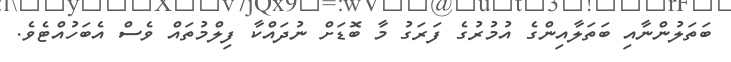
ބަތަލުންނާއި ބަތަލާއިންގެ އުމުރުގެ ފަރަގު މާ ބޮޑަށް ނުދައްކާ ފިލްމުތައް ވެސް އެބަހުއްޓެވެ.